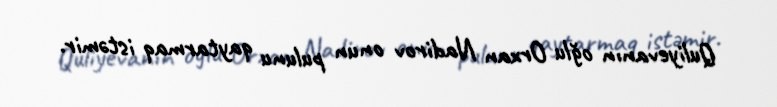
Quliyevanın oğlu Orxan Nadirov onun pulunu qaytarmaq istəmir.